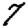
Digit: 7